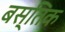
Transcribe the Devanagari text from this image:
बस्तिक